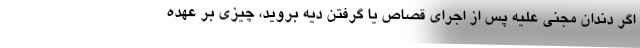
اگر دندان مجنی علیه پس از اجرای قصاص یا گرفتن دیه بروید، چیزی بر عهده